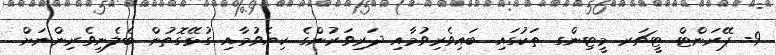
9- ޕޭރަންޓް ޓީޗަރ މީޓިންގ ތަކުގައި ބައިވެރިވުމާއި ދަރިވަރުންގެ ކިޔެވުމާއި ގުޅޭގޮތުން ބެލެނިވެރިންނަށް